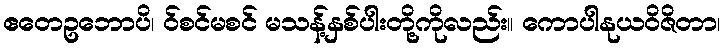
ဧတေဥဘောပိ၊ ဝ်စင်မစင် မသန့်နှစ်ပါးတို့ကိုလည်း။ ကောပါနုယဝိဇိတာ၊